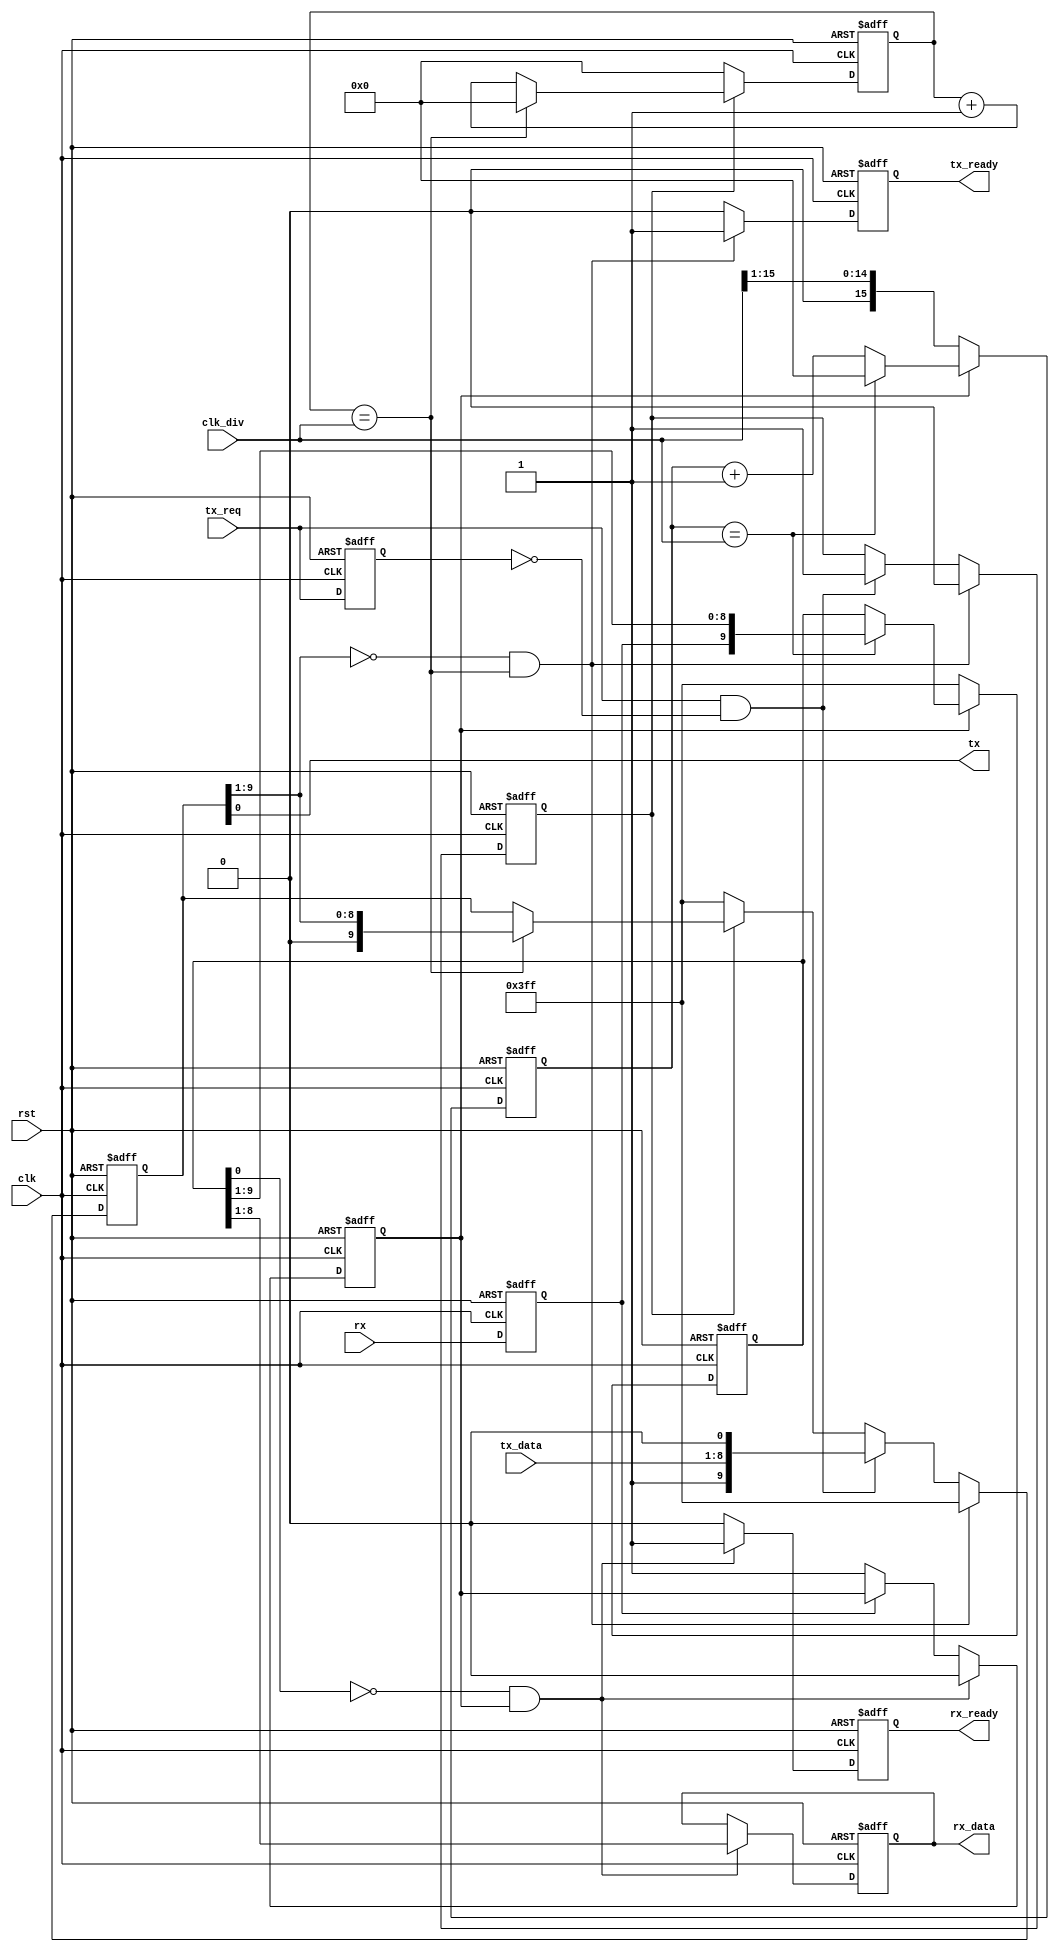
module uart_gen2(
		input wire clk,
		input wire rst,
		input wire[15:0] clk_div,
		input wire tx_req,
		input wire[7:0] tx_data,
		input wire rx,
		output wire tx,
		output reg[7:0] rx_data,
		output reg tx_ready,
		output reg rx_ready
	);

	reg[15:0] rx_timer;
	reg[9:0] rx_frame;
	reg rx_active;
	reg[15:0] tx_timer;
	reg[9:0] tx_frame;
	reg tx_active;
	wire rx_time;
	wire tx_time;
	reg rx_s;
	reg prev_tx_req;

	assign tx_time = (tx_timer == clk_div);
	assign rx_time = (rx_timer == clk_div);
	assign tx = tx_frame[0];

	always @(posedge clk or posedge rst)
	begin
		if(rst)
		begin
			rx_data <= 0;
			tx_ready <= 0;
			rx_ready <= 0;
			rx_timer <= 0;
			rx_frame <= 10'b1111111111;
			rx_active <= 0;
			tx_timer <= 0;
			tx_frame <= 10'b1111111111;
			tx_active <= 0;
			rx_s <= 1'b1;
			prev_tx_req <= 1'b0;
		end
		else
		begin
			rx_s <= rx;
			prev_tx_req <= tx_req;
			
			if(rx_active)
			begin
				if(rx_time)
				begin
					rx_timer <= 0;
					rx_frame <= {rx_s, rx_frame[9:1]};
				end
				else
					rx_timer <= rx_timer + 16'h01;
			end
			else
			begin
				rx_timer <= {1'b0, clk_div[15:1]};	//half period
				rx_frame <= 10'b1111111111;
			end
			
			if(~rx_s)	//detect start bit
				rx_active <= 1'b1;
			
			if(~rx_frame[0] & rx_active)
			begin
				rx_active <= 1'b0;
				rx_ready <= 1'b1;
				rx_data <= rx_frame[8:1];
			end
			else
				rx_ready <= 1'b0;
				
			if(tx_active)
			begin
				if(tx_time)
				begin
					tx_timer <= 0;
					tx_frame <= {1'b0, tx_frame[9:1]};
				end
				else
					tx_timer <= tx_timer + 16'h01;
			end
			else
			begin
				tx_timer <= 0;
				tx_frame <= 10'b1111111111;
			end
			
			if(tx_req & (~prev_tx_req))
			begin
				tx_active <= 1'b1;
				tx_frame <= {1'b1, tx_data, 1'b0};
			end
			
			if((tx_frame[9:1] == 9'h00) && tx_time)
			begin
				tx_active <= 1'b0;
				tx_frame <= 10'b1111111111;
				tx_ready <= 1'b1;
			end
			else
				tx_ready <= 1'b0;
		end
	end

endmodule